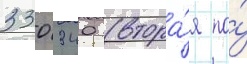
330 340 (втора́я по́